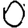
Digit: 0